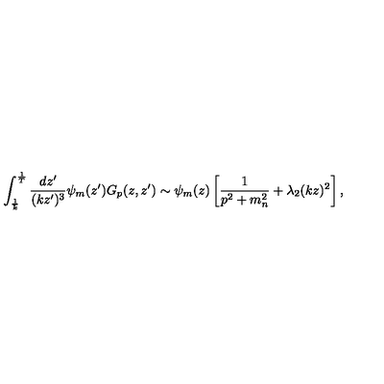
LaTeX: \int _ { \frac { 1 } { k } } ^ { \frac { 1 } { T } } { \frac { d z ^ { \prime } } { ( k z ^ { \prime } ) ^ { 3 } } } \psi _ { m } ( z ^ { \prime } ) G _ { p } ( z , z ^ { \prime } ) \sim \psi _ { m } ( z ) \left[ { \frac { 1 } { p ^ { 2 } + m _ { n } ^ { 2 } } } + { \lambda _ { 2 } } ( k z ) ^ { 2 } \right] ,